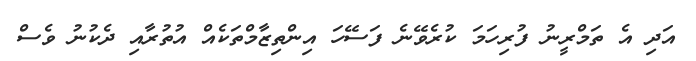
އަދި އެ ތަމްރީނު ފުރިހަމަ ކުރެވޭނެ ފަސޭހަ އިންތިޒާމްތަކެއް އުތުރާއި ދެކުނު ވެސް